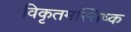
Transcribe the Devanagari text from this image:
विकृतमस्तिष्क